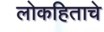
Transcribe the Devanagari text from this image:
लोकहिताचे